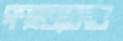
গণহত্যাকাণ্ড